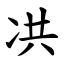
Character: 㓋